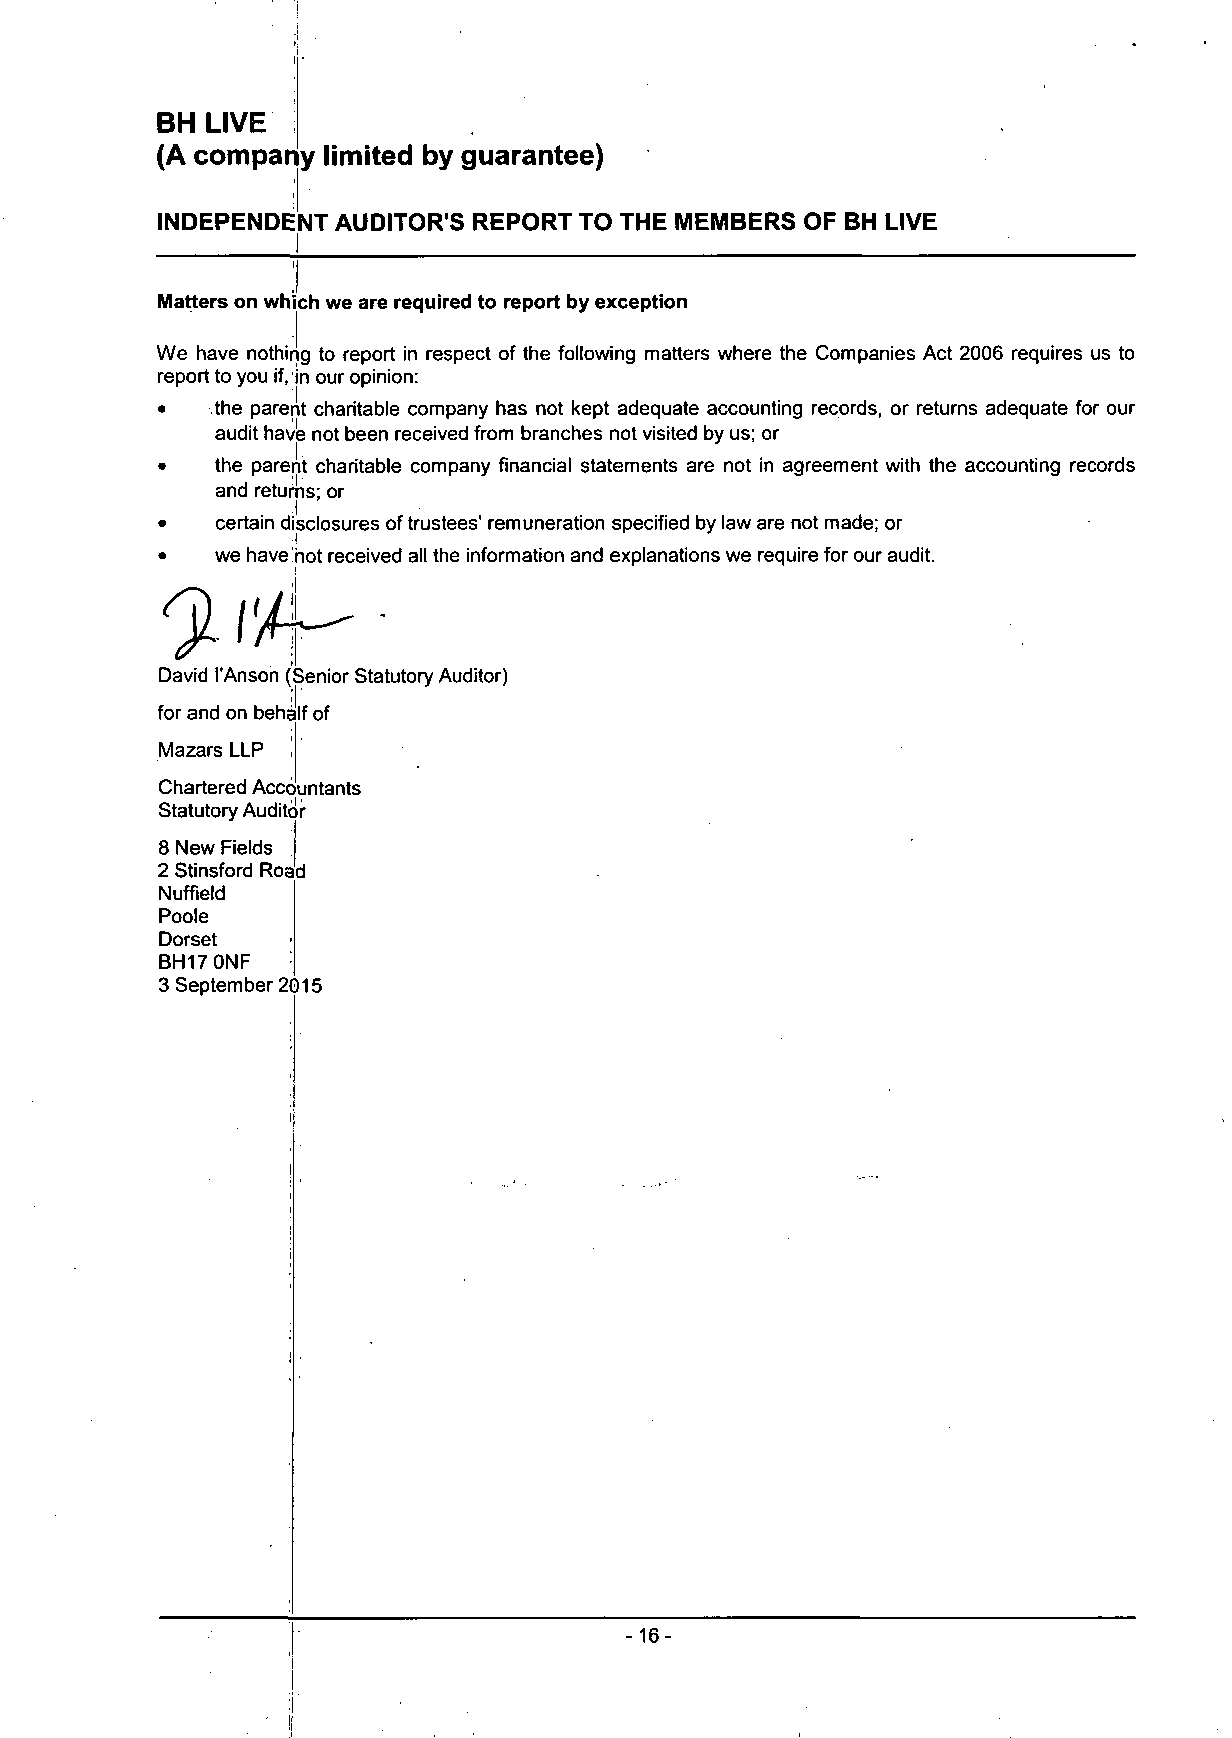
BH  LIVE
 (A company  limited by guarantee)
 INDEPENDENT AUDITOR'S REPORT TO THE MEMBERS OF BH LIVE
 Matters on which we are required to report by exception
 We have nothing to report in respect of the following matters where the Companies Act 2006 requires us to
 report to you if, in our opinion:
 •   the parent charitable company has not kept adequate accounting records, or returns adequate for our
 audit have not been received from branches not visited by us; or
 |.
 •   the parent charitable company financial statements are not in agreement with the accounting records
 and returns; or
 •   certain disclosures of trustees' remuneration specified by law are not made; or
 •   we have hot received all the information and explanations we require for our audit.
 :l
 2
 David I'Anson (Senior Statutory Auditor)
 for and on behalf of
 Mazars LLP
 Chartered Accountants
 Statutory Auditor
 8 New Fields
 2 Stinsford Road
 Nuffield
 Poole
 Dorset
 BH17 0NF
 3 September 2015
 -16-